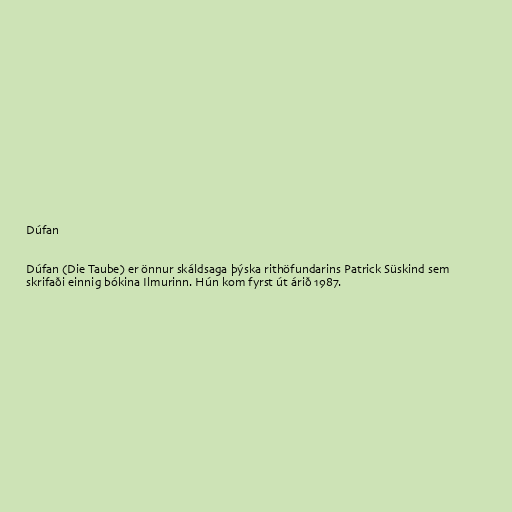
Dúfan

Dúfan (Die Taube) er önnur skáldsaga þýska rithöfundarins Patrick Süskind sem
skrifaði einnig bókina Ilmurinn. Hún kom fyrst út árið 1987.